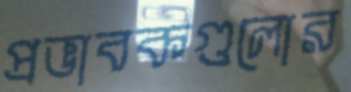
প্রভাবকগুলোর